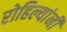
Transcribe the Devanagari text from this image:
रोहिल्यांनी